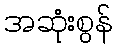
အဆုံးစွန်